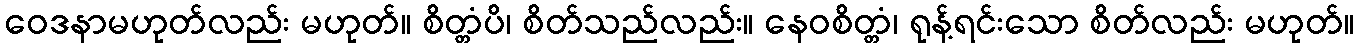
ဝေဒနာမဟုတ်လည်း မဟုတ်။ စိတ္တံပိ၊ စိတ်သည်လည်း။ နေဝစိတ္တံ၊ ရုန့်ရင်းသော စိတ်လည်း မဟုတ်။